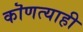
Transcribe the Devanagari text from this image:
कॊणत्याही